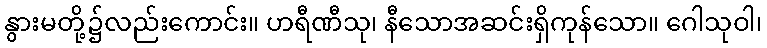
နွားမတို့၌လည်းကောင်း။ ဟရီဏီသု၊ နီသောအဆင်းရှိကုန်သော။ ဂေါသုဝါ၊